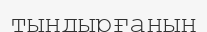
тындырғанын